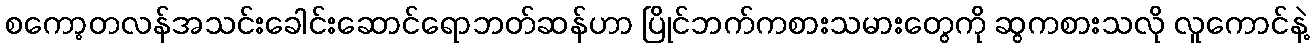
စကော့တလန်အသင်းခေါင်းဆောင်ရောဘတ်ဆန်ဟာ ပြိုင်ဘက်ကစားသမားတွေကို ဆွကစားသလို လူကောင်နဲ့